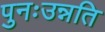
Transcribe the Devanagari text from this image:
पुनःउन्नति